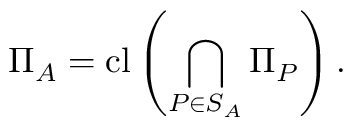
\Pi _ { A } = \operatorname { c l } \left( \bigcap _ { P \in S _ { A } } \Pi _ { P } \right) .